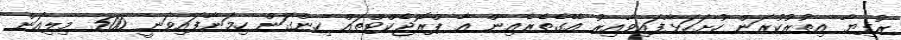
ރުފިޔާ އިތުރުކުރަން ހުށަހަޅާފައިވާއިރު އޭގެތެރެއިން އާ ޕްރޮޖެކްޓްތައް ހިންގަން ހިމަނާފައިވަނީ 500 މިލިއަން